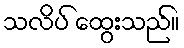
သလိပ် ထွေးသည်။